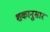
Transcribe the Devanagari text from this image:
शकानुसार